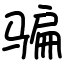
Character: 骗